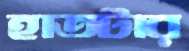
হাতটার